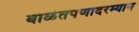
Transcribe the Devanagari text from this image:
बाळंतपणादरम्यान